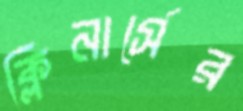
ক্লিনার্সের